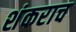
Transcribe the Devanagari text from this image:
शंकराच